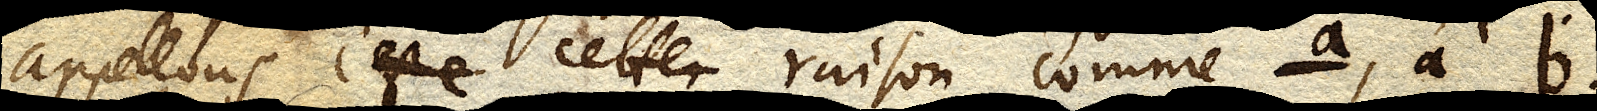
appellons c’est e cette raison comme a, à b.